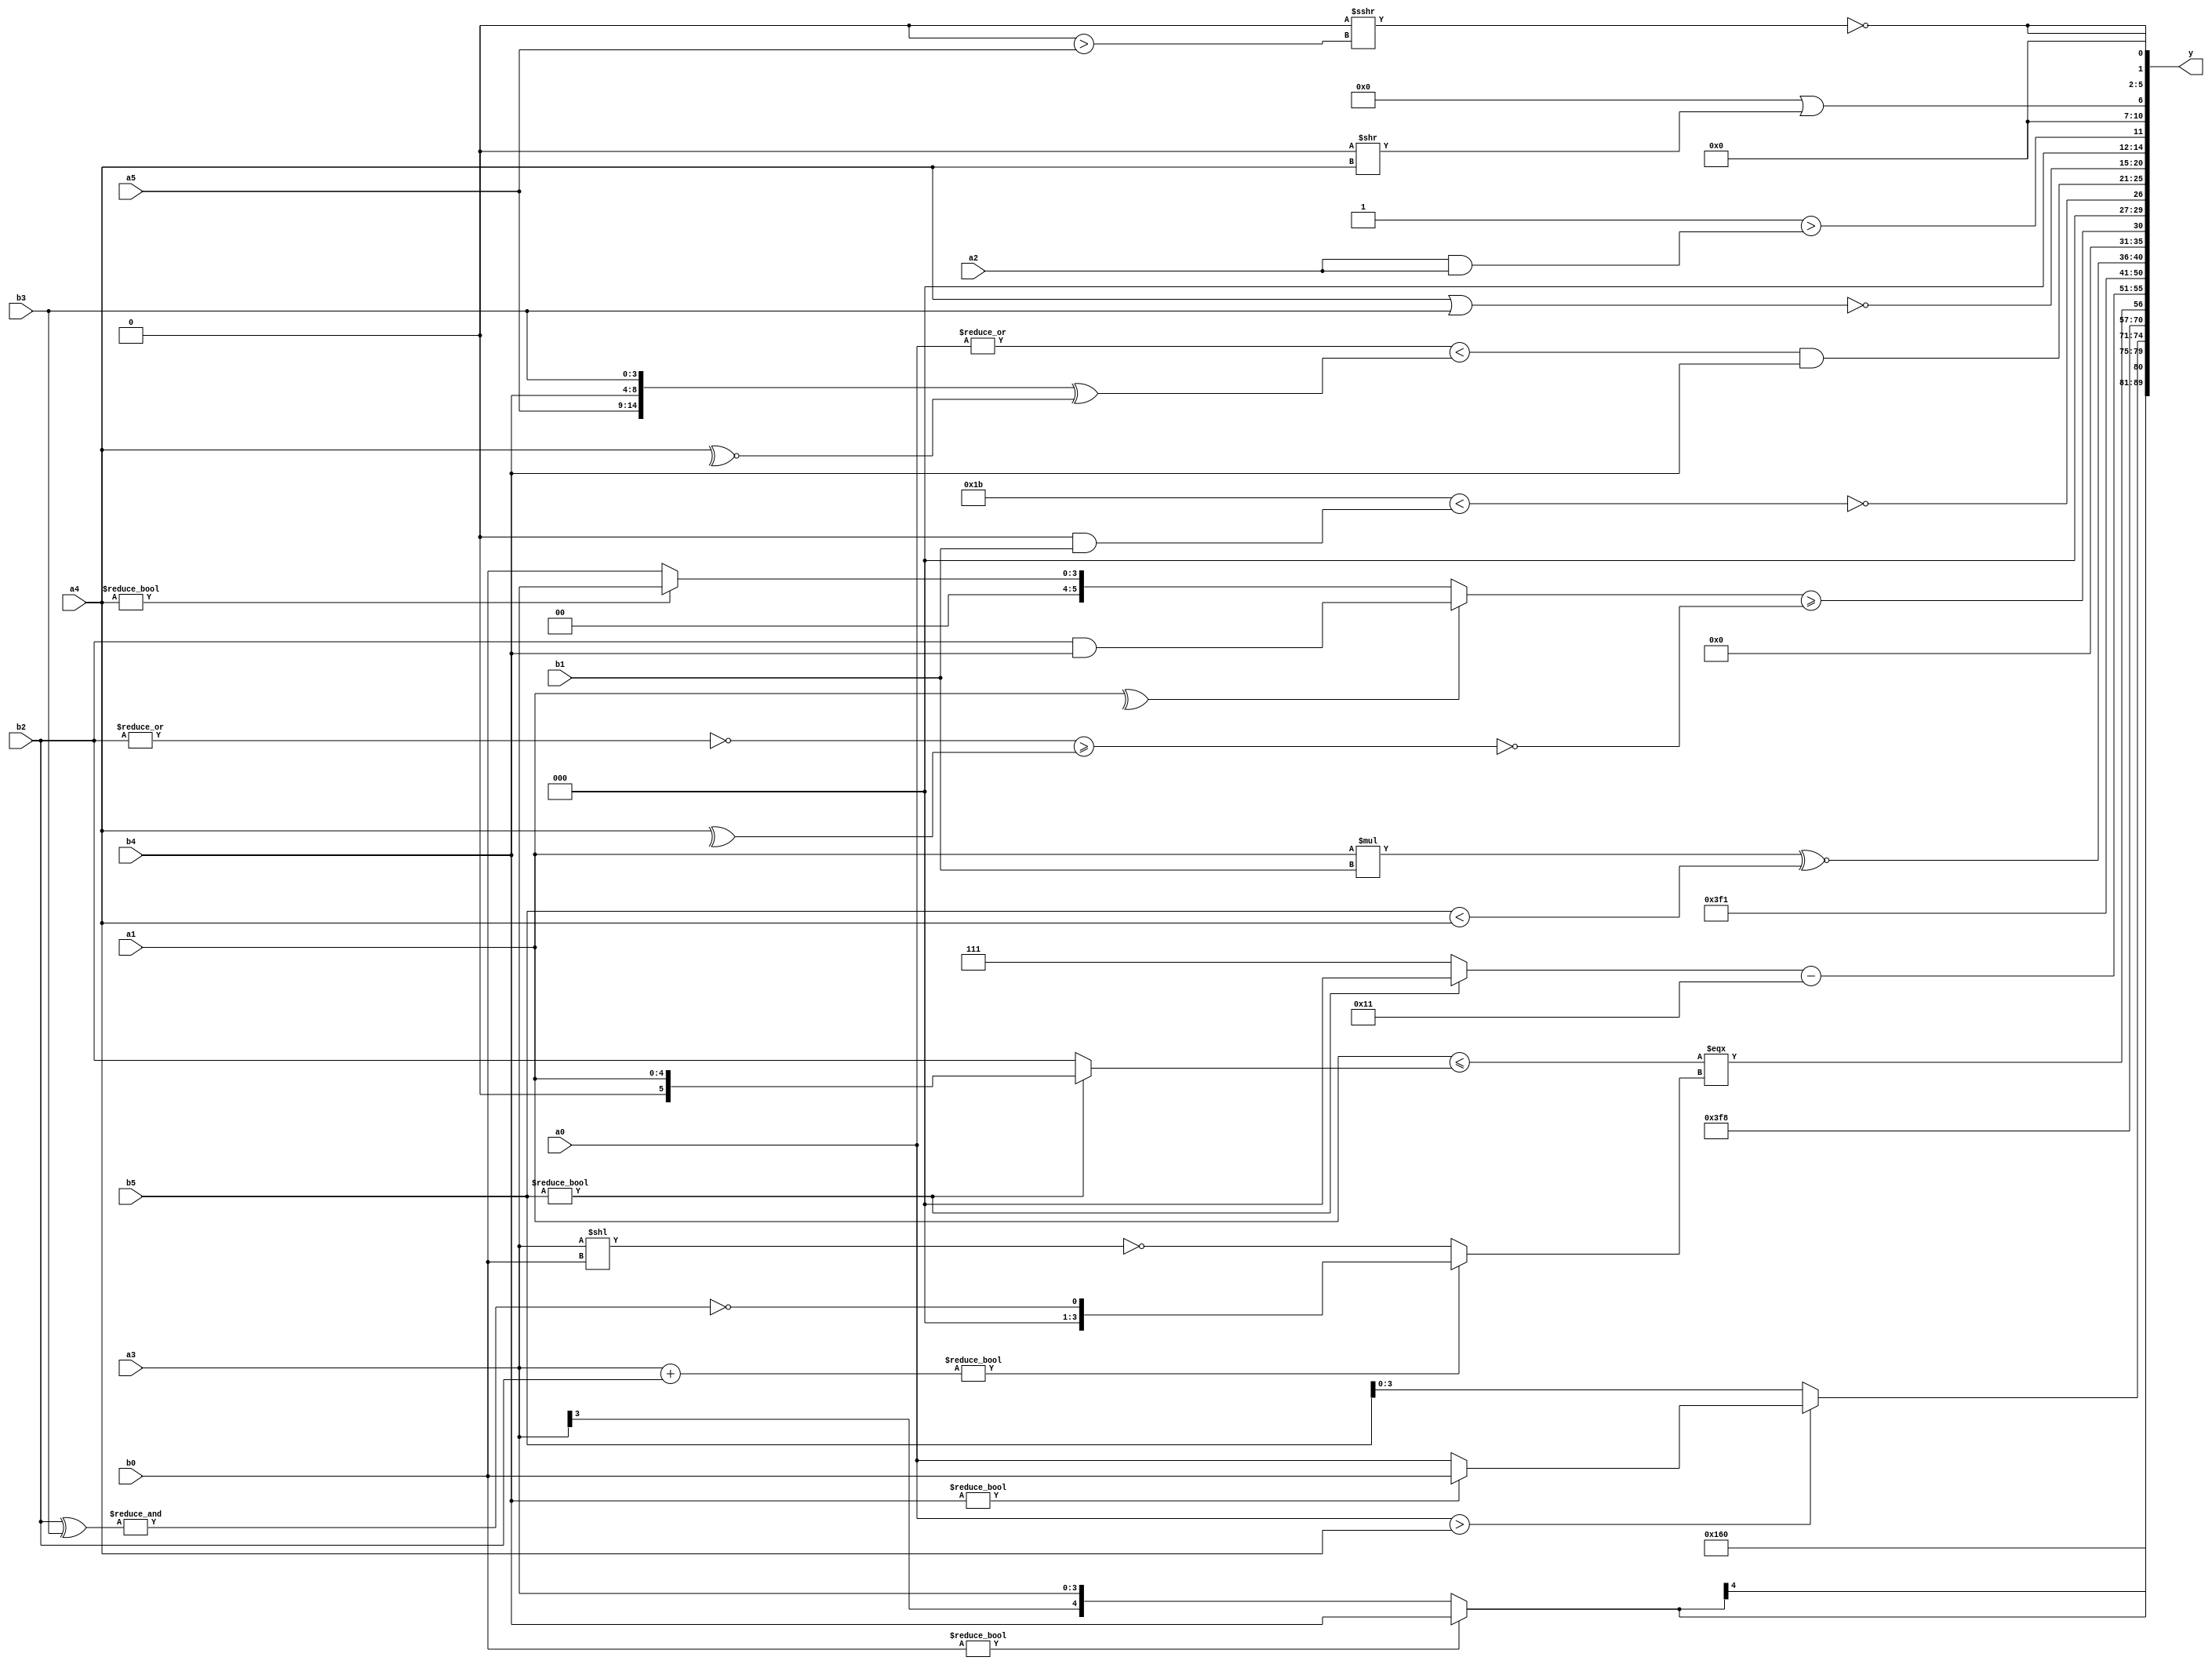
module expression_00378(a0, a1, a2, a3, a4, a5, b0, b1, b2, b3, b4, b5, y);
  input [3:0] a0;
  input [4:0] a1;
  input [5:0] a2;
  input signed [3:0] a3;
  input signed [4:0] a4;
  input signed [5:0] a5;

  input [3:0] b0;
  input [4:0] b1;
  input [5:0] b2;
  input signed [3:0] b3;
  input signed [4:0] b4;
  input signed [5:0] b5;

  wire [3:0] y0;
  wire [4:0] y1;
  wire [5:0] y2;
  wire signed [3:0] y3;
  wire signed [4:0] y4;
  wire signed [5:0] y5;
  wire [3:0] y6;
  wire [4:0] y7;
  wire [5:0] y8;
  wire signed [3:0] y9;
  wire signed [4:0] y10;
  wire signed [5:0] y11;
  wire [3:0] y12;
  wire [4:0] y13;
  wire [5:0] y14;
  wire signed [3:0] y15;
  wire signed [4:0] y16;
  wire signed [5:0] y17;

  output [89:0] y;
  assign y = {y0,y1,y2,y3,y4,y5,y6,y7,y8,y9,y10,y11,y12,y13,y14,y15,y16,y17};

  localparam [3:0] p0 = (~(((-5'sd5)?(|(-5'sd3)):((-2'sd0)^~(-2'sd1)))|((3'sd0)?((4'sd0)-(3'd6)):(~(-5'sd14)))));
  localparam [4:0] p1 = (-5'sd12);
  localparam [5:0] p2 = {1{(4'sd3)}};
  localparam signed [3:0] p3 = (3'sd0);
  localparam signed [4:0] p4 = ((((-5'sd12)^~(5'sd4))<<<((2'sd1)&&(-5'sd9)))^~(((2'd0)!==(5'd9))>>((4'd11)!=(5'd0))));
  localparam signed [5:0] p5 = (({(3'd4),(2'd0),(5'd14)}<<<(-2'sd0))>>(((-4'sd2)>>(5'd7))<<<((4'd5)^~(2'd3))));
  localparam [3:0] p6 = {4{((4'sd6)|(2'd3))}};
  localparam [4:0] p7 = (4'd10);
  localparam [5:0] p8 = ((5'd18)<(((3'd6)<<<(-4'sd0))&&(2'sd0)));
  localparam signed [3:0] p9 = (((4'd11)?(4'sd0):(5'd24))>>(2'd2));
  localparam signed [4:0] p10 = {3{(5'd31)}};
  localparam signed [5:0] p11 = ((~|(4'd2 * (2'd2)))>>>((5'd14)>=(-3'sd3)));
  localparam [3:0] p12 = ((5'd26)||(2'd0));
  localparam [4:0] p13 = ((~^((3'd7)<<<(5'd7)))>>>(-(4'sd5)));
  localparam [5:0] p14 = ({4{((4'd11)!=(3'd1))}}<<((~(~&(2'd0)))+{3{(2'd1)}}));
  localparam signed [3:0] p15 = {4{((3'sd2)||(2'd2))}};
  localparam signed [4:0] p16 = (~|{3{(4'sd5)}});
  localparam signed [5:0] p17 = ((-(+(2'sd1)))?(-((4'd4)?(-3'sd3):(4'd10))):(|(+((4'd4)?(3'd1):(3'd6)))));

  assign y0 = {(&(!p11)),(p10?p14:p3),(p7|p17)};
  assign y1 = (5'd0);
  assign y2 = (b0?b4:a3);
  assign y3 = ((a0>a4)?(b4?b0:a0):{3{b5}});
  assign y4 = (4'sd1);
  assign y5 = {2{p10}};
  assign y6 = ((((b0?a1:a1)<=(b5?a1:b2)))===((a3+b2)?(~&(b2^b3)):(~(a3<<b0))));
  assign y7 = {2{((b5?p11:p6)-{4{p12}})}};
  assign y8 = (-3'sd1);
  assign y9 = {1{{1{(+$unsigned(p12))}}}};
  assign y10 = ((a1*b1)^~(^(b5<a4)));
  assign y11 = (((^a1)?(b2&b4):(a4?a3:b0))>=(~|((~|b2)>=(^a4))));
  assign y12 = ((!((5'd27)<((^p1)&(b1))))||$unsigned((~|(5'd17))));
  assign y13 = (({1{{1{(|a0)}}}}<({a5,b4,b3}^(~^a4)))&{3{{a1,b4}}});
  assign y14 = (~(a4|b3));
  assign y15 = ((p3>=p3)>(a2&&a2));
  assign y16 = (({p12,b0,p12}>>>{p10,p0})||((p16<<<p13)>>{a4}));
  assign y17 = {2{(!((|p9)>>>(p3>a5)))}};
endmodule